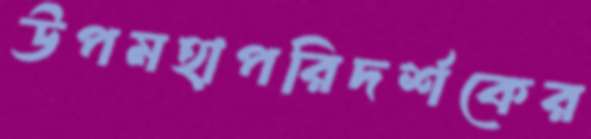
উপমহাপরিদর্শকের